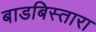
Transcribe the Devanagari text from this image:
बाडबिस्तारा